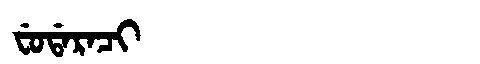
Manchu: ᠸᡠᡩᠠᡵᠠᠴᡳ
Romanization: FUDARACI